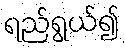
ရည်ရွယ်၍